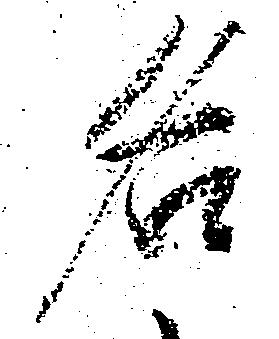
名